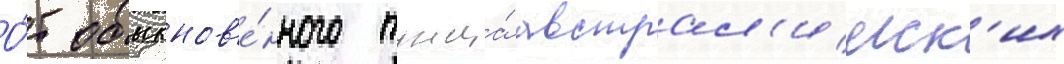
О́т обыкнов'е́нного тунца́ австрал'ииск'их